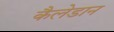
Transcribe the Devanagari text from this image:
कैलेडान